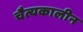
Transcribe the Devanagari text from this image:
चैत्यकालीन